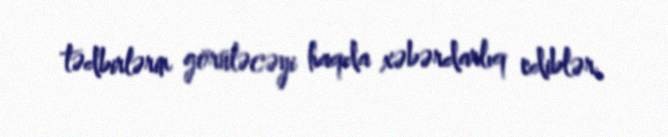
tədbirlərin görüləcəyi haqda xəbərdarlıq ediblər.